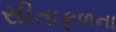
સીતાફળના